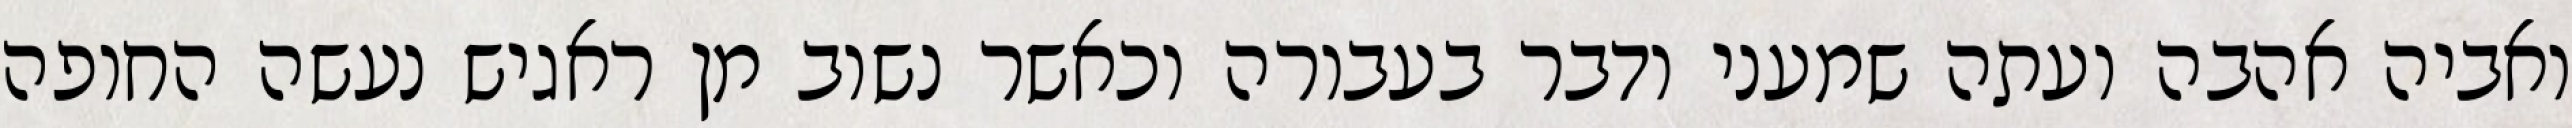
ואביה אהבה ועתה שמעני ודבר בעבורה וכאשר נשוב מן ראגיש נעשה החופה